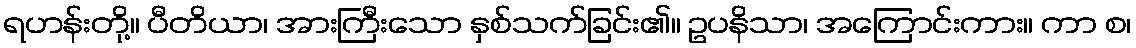
ရဟန်းတို့။ ပီတိယာ၊ အားကြီးသော နှစ်သက်ခြင်း၏။ ဥပနိသာ၊ အကြောင်းကား။ ကာ စ၊